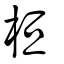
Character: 桓